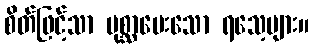
စိတ်ဖြင့်သာ ပုစ္ဆာမေးသော ရသေ့များ။